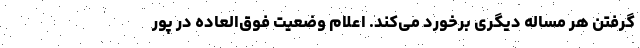
گرفتن هر مساله دیگری برخورد می‌کند. اعلام وضعیت فوق‌العاده در پور